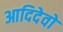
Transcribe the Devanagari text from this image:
आदिदेवो